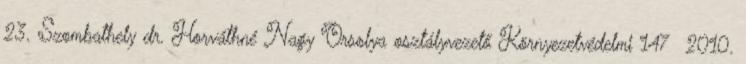
23. Szombathely dr. Horváthné Nagy Orsolya osztályvezető Környezetvédelmi 147 2010.